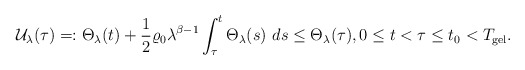
\begin{align*}\mathcal{U}_{\lambda}(\tau)=:\Theta_{\lambda}(t)+\frac{1}{2}\varrho_{0}\lambda^{\beta-1}\int_{\tau}^{t}\Theta_{\lambda}(s)\ ds\leq \Theta_{\lambda}(\tau),0\leq t<\tau\leq t_{0}<T_{\mathrm{gel}}.\end{align*}